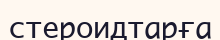
стероидтарға